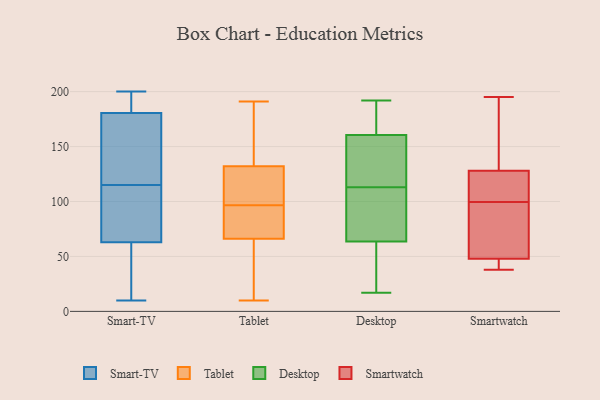
{"axis": {"x": "Humidity (%)", "y": "Value"}, "legend": ["Desktop", "Smart-TV", "Smartwatch", "Tablet"], "data": [{"x": "", "y": 140, "type": "Smart-TV"}, {"x": "", "y": 75, "type": "Smart-TV"}, {"x": "", "y": 144, "type": "Smart-TV"}, {"x": "", "y": 149, "type": "Smart-TV"}, {"x": "", "y": 78, "type": "Smart-TV"}, {"x": "", "y": 35, "type": "Smart-TV"}, {"x": "", "y": 14, "type": "Smart-TV"}, {"x": "", "y": 109, "type": "Smart-TV"}, {"x": "", "y": 59, "type": "Smart-TV"}, {"x": "", "y": 195, "type": "Smart-TV"}, {"x": "", "y": 170, "type": "Smart-TV"}, {"x": "", "y": 10, "type": "Smart-TV"}, {"x": "", "y": 193, "type": "Smart-TV"}, {"x": "", "y": 200, "type": "Smart-TV"}, {"x": "", "y": 189, "type": "Smart-TV"}, {"x": "", "y": 112, "type": "Smart-TV"}, {"x": "", "y": 115, "type": "Smart-TV"}, {"x": "", "y": 44, "type": "Smart-TV"}, {"x": "", "y": 184, "type": "Smart-TV"}, {"x": "", "y": 96, "type": "Tablet"}, {"x": "", "y": 27, "type": "Tablet"}, {"x": "", "y": 116, "type": "Tablet"}, {"x": "", "y": 97, "type": "Tablet"}, {"x": "", "y": 171, "type": "Tablet"}, {"x": "", "y": 132, "type": "Tablet"}, {"x": "", "y": 134, "type": "Tablet"}, {"x": "", "y": 35, "type": "Tablet"}, {"x": "", "y": 10, "type": "Tablet"}, {"x": "", "y": 84, "type": "Tablet"}, {"x": "", "y": 66, "type": "Tablet"}, {"x": "", "y": 67, "type": "Tablet"}, {"x": "", "y": 30, "type": "Tablet"}, {"x": "", "y": 159, "type": "Tablet"}, {"x": "", "y": 191, "type": "Tablet"}, {"x": "", "y": 76, "type": "Tablet"}, {"x": "", "y": 101, "type": "Tablet"}, {"x": "", "y": 100, "type": "Tablet"}, {"x": "", "y": 165, "type": "Desktop"}, {"x": "", "y": 17, "type": "Desktop"}, {"x": "", "y": 192, "type": "Desktop"}, {"x": "", "y": 65, "type": "Desktop"}, {"x": "", "y": 139, "type": "Desktop"}, {"x": "", "y": 63, "type": "Desktop"}, {"x": "", "y": 188, "type": "Desktop"}, {"x": "", "y": 49, "type": "Desktop"}, {"x": "", "y": 147, "type": "Desktop"}, {"x": "", "y": 41, "type": "Desktop"}, {"x": "", "y": 179, "type": "Desktop"}, {"x": "", "y": 113, "type": "Desktop"}, {"x": "", "y": 97, "type": "Desktop"}, {"x": "", "y": 144, "type": "Desktop"}, {"x": "", "y": 168, "type": "Desktop"}, {"x": "", "y": 99, "type": "Desktop"}, {"x": "", "y": 107, "type": "Desktop"}, {"x": "", "y": 49, "type": "Desktop"}, {"x": "", "y": 128, "type": "Desktop"}, {"x": "", "y": 73, "type": "Smartwatch"}, {"x": "", "y": 47, "type": "Smartwatch"}, {"x": "", "y": 38, "type": "Smartwatch"}, {"x": "", "y": 121, "type": "Smartwatch"}, {"x": "", "y": 48, "type": "Smartwatch"}, {"x": "", "y": 148, "type": "Smartwatch"}, {"x": "", "y": 128, "type": "Smartwatch"}, {"x": "", "y": 78, "type": "Smartwatch"}, {"x": "", "y": 195, "type": "Smartwatch"}, {"x": "", "y": 121, "type": "Smartwatch"}]}